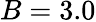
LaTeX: B=3.0